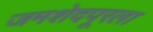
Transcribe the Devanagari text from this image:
जमशेदपूरला